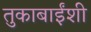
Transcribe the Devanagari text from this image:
तुकाबाईंशी